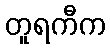
တူရကီက